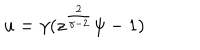
u = \gamma ( z ^ { \frac { 2 } { \gamma - 2 } } \psi - 1 )